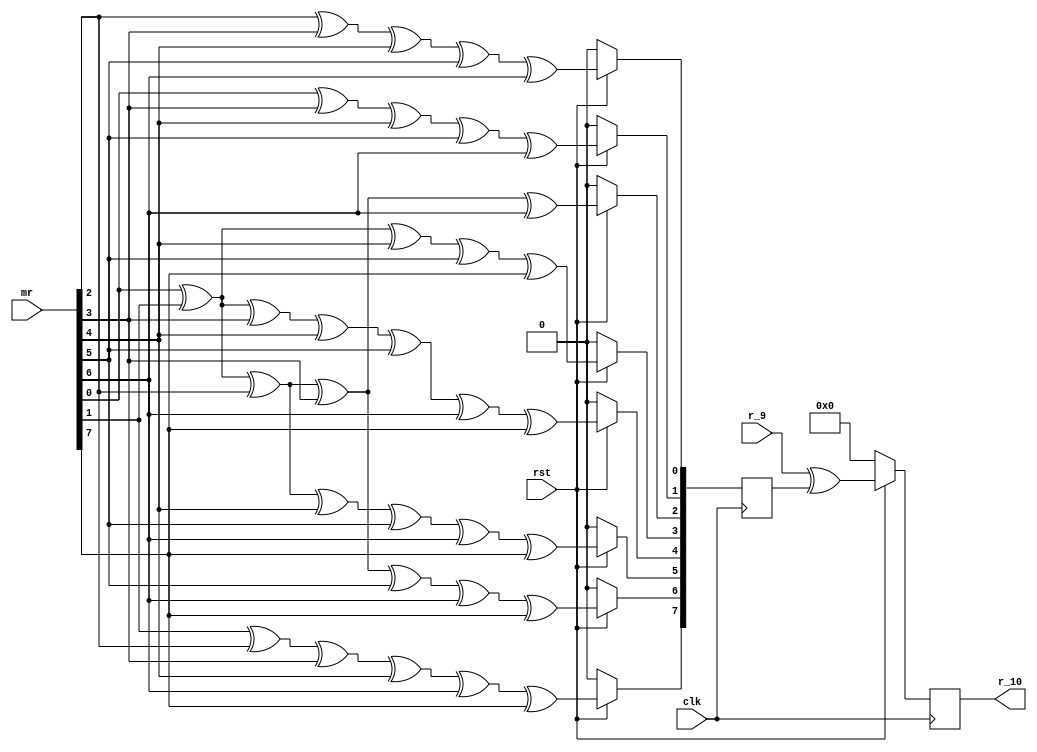
`timescale 1ns / 1ps

module mux_10(
    input clk,
	 input rst,
	 input[7:0] mr,
	 input[7:0] r_9,
	 output[7:0] r_10
    );
wire[7:0] a_10;
reg[7:0] g_10;
reg[7:0] r10;

assign a_10 = mr;

 always @(posedge clk)                            //g10m+r
  begin
  if(!rst)
   begin
	g_10<=0;
	r10<=0;
	end
  else
   begin
    g_10[0]<=a_10[2]^a_10[3]^a_10[4]^a_10[5]^a_10[6];	
	 g_10[1]<=a_10[0]^a_10[3]^a_10[4]^a_10[5]^a_10[6];	
	 g_10[2]<=a_10[0]^a_10[1]^a_10[2]^a_10[3]^a_10[6];	
    g_10[3]<=a_10[0]^a_10[1]^a_10[4]^a_10[5]^a_10[7];	
    g_10[4]<=a_10[0]^a_10[1]^a_10[3]^a_10[4]^a_10[5]^a_10[6]^a_10[7];	
	 g_10[5]<=a_10[0]^a_10[1]^a_10[2]^a_10[4]^a_10[5]^a_10[6]^a_10[7];	
	 g_10[6]<=a_10[0]^a_10[1]^a_10[2]^a_10[3]^a_10[5]^a_10[6]^a_10[7];	
	 g_10[7]<=a_10[1]^a_10[2]^a_10[3]^a_10[4]^a_10[6]^a_10[7];
	 r10<=r_9^g_10;
	end
 end

assign 	 r_10=r10;

endmodule